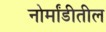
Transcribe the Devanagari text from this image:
नोर्मांडीतील